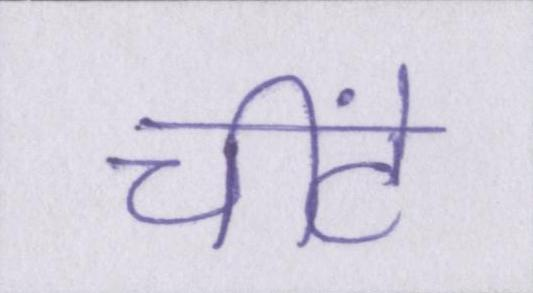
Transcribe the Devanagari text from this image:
चींटे